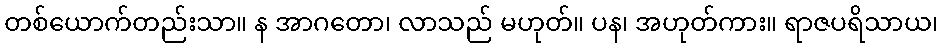
တစ်ယောက်တည်းသာ။ န အာဂတော၊ လာသည် မဟုတ်။ ပန၊ အဟုတ်ကား။ ရာဇပရိသာယ၊